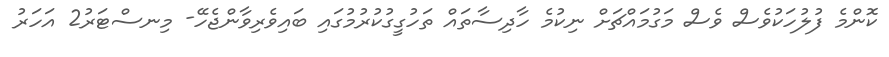
ކޮންމެ ފުލުހަކުވެސް ވެސް މަގުމައްޗަށް ނިކުމެ ހާދިސާތައް ތަހުގީގުކުރުމުގައި ބައިވެރިވާންޖެހޭ- މިނސްޓަރު2 އަހަރު